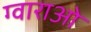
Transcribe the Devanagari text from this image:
ग्वाराओ